Calcutta medical institutions reports 1892-1900
Year: 1892
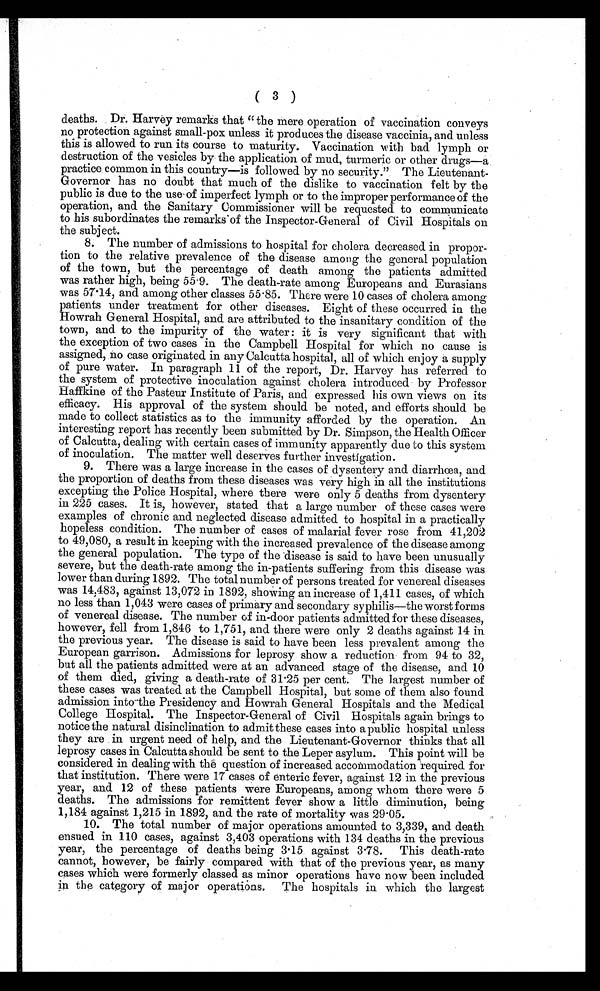
( 3 )
deaths. Dr. Harvey remarks that "the mere operation of vaccination conveys
no protection against small-pox unless it produces the disease vaccinia, and unless
this is allowed to run its course to maturity. Vaccination with bad lymph or
destruction of the vesicles by the application of mud, turmeric or other drugs—a
practice common in this country—is followed by no security." The Lieutenant-
Governor has no doubt that much of the dislike to vaccination felt by the
public is due to the use of imperfect lymph or to the improper performance of the
operation, and the Sanitary Commissioner will be requested to communicate
to his subordinates the remarks of the Inspector-General of Civil Hospitals on
the subject.
8. The number of admissions to hospital for cholera decreased in propor
-tion to the relative prevalence of the disease among the general population
of the town, but the percentage of death among the patients admitted
was rather high, being 55.9. The death-rate among Europeans and Eurasians
was 57.14, and among other classes 55.85. There were 10 cases of cholera among
patients under treatment for other diseases. Eight of these occurred in the
Howrah General Hospital, and are attributed to the insanitary condition of the
town, and to the impurity of the water: it is very significant that with
the exception of two cases in the Campbell Hospital for which no cause is
assigned, no case originated in any Calcutta hospital, all of which enjoy a supply
of pure water. In paragraph 11 of the report, Dr. Harvey has referred to
the system of protective inoculation against cholera introduced by Professor
Haffkine of the Pasteur Institute of Paris, and expressed his own views on its
efficacy. His approval of the system should be noted, and efforts should be
made to collect statistics as to the immunity afforded by the operation. An
interesting report has recently been submitted by Dr. Simpson, the Health Officer
of Calcutta, dealing with certain cases of immunity apparently due to this system
of inoculation. The matter well deserves further investigation.
9. There was a large increase in the cases of dysentery and diarrhœa, and
the proportion of deaths from these diseases was very high in all the institutions
excepting the Police Hospital, where there were only 5 deaths from dysentery
in 225 cases. It is, however, stated that a large number of these cases were
examples of chronic and neglected disease admitted to hospital in a practically
hopeless condition. The number of cases of malarial fever rose from 41,202
to 49,080, a result in keeping with the increased prevalence of the disease among
the general population. The type of the disease is said to have been unusually
severe, but the death-rate among the in-patients suffering from this disease was
lower than during 1892. The total number of persons treated for venereal diseases
was 14,483, against 13,072 in 1892, showing an increase of 1,411 cases, of which
no less than 1,043 were cases of primary and secondary syphilis—the worst forms
of venereal disease. The number of in-door patients admitted for these diseases,
however, fell from 1,846 to 1,751, and there were only 2 deaths against 14 in
the previous year. The disease is said to have been less prevalent among the
European garrison. Admissions for leprosy show a reduction from 94 to 32,
but all the patients admitted were at an advanced stage of the disease, and 10
of them died, giving a death-rate of 31.25 per cent. The largest number of
these cases was treated at the Campbell Hospital, but some of them also found
admission into the Presidency and Howrah General Hospitals and the Medical
College Hospital. The Inspector-General of Civil Hospitals again brings to
notice the natural disinclination to admit these cases into a public hospital unless
they are in urgent need of help, and the Lieutenant-Governor thinks that all
leprosy cases in Calcutta should be sent to the Leper asylum. This point will be
considered in dealing with the question of increased accommodation required for
that institution. There were 17 cases of enteric fever, against 12 in the previous
year, and 12 of these patients were Europeans, among whom there were 5
deaths. The admissions for remittent fever show a little diminution, being
1,184 against 1,215 in 1892, and the rate of mortality was 29.05.
10. The total number of major operations amounted to 3,339, and death
ensued in 110 cases, against 3,403 operations with 134 deaths in the previous
year, the percentage of deaths being 3.15 against 3.78. This death-rate
cannot, however, be fairly compared with that of the previous year, as many
cases which were formerly classed as minor operations have now been included
in the category of major operations. The hospitals in which the largest